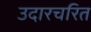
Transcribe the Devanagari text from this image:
उदारचरित